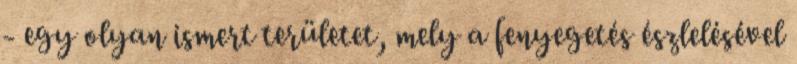
- egy olyan ismert területet, mely a fenyegetés észlelésével